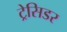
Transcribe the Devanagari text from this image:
ट्रेसिडर